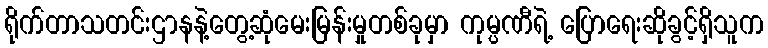
ရိုက်တာသတင်းဌာနနဲ့တွေ့ဆုံမေးမြန်းမှုတစ်ခုမှာ ကုမ္ပဏီရဲ့ ပြောရေးဆိုခွင့်ရှိသူက